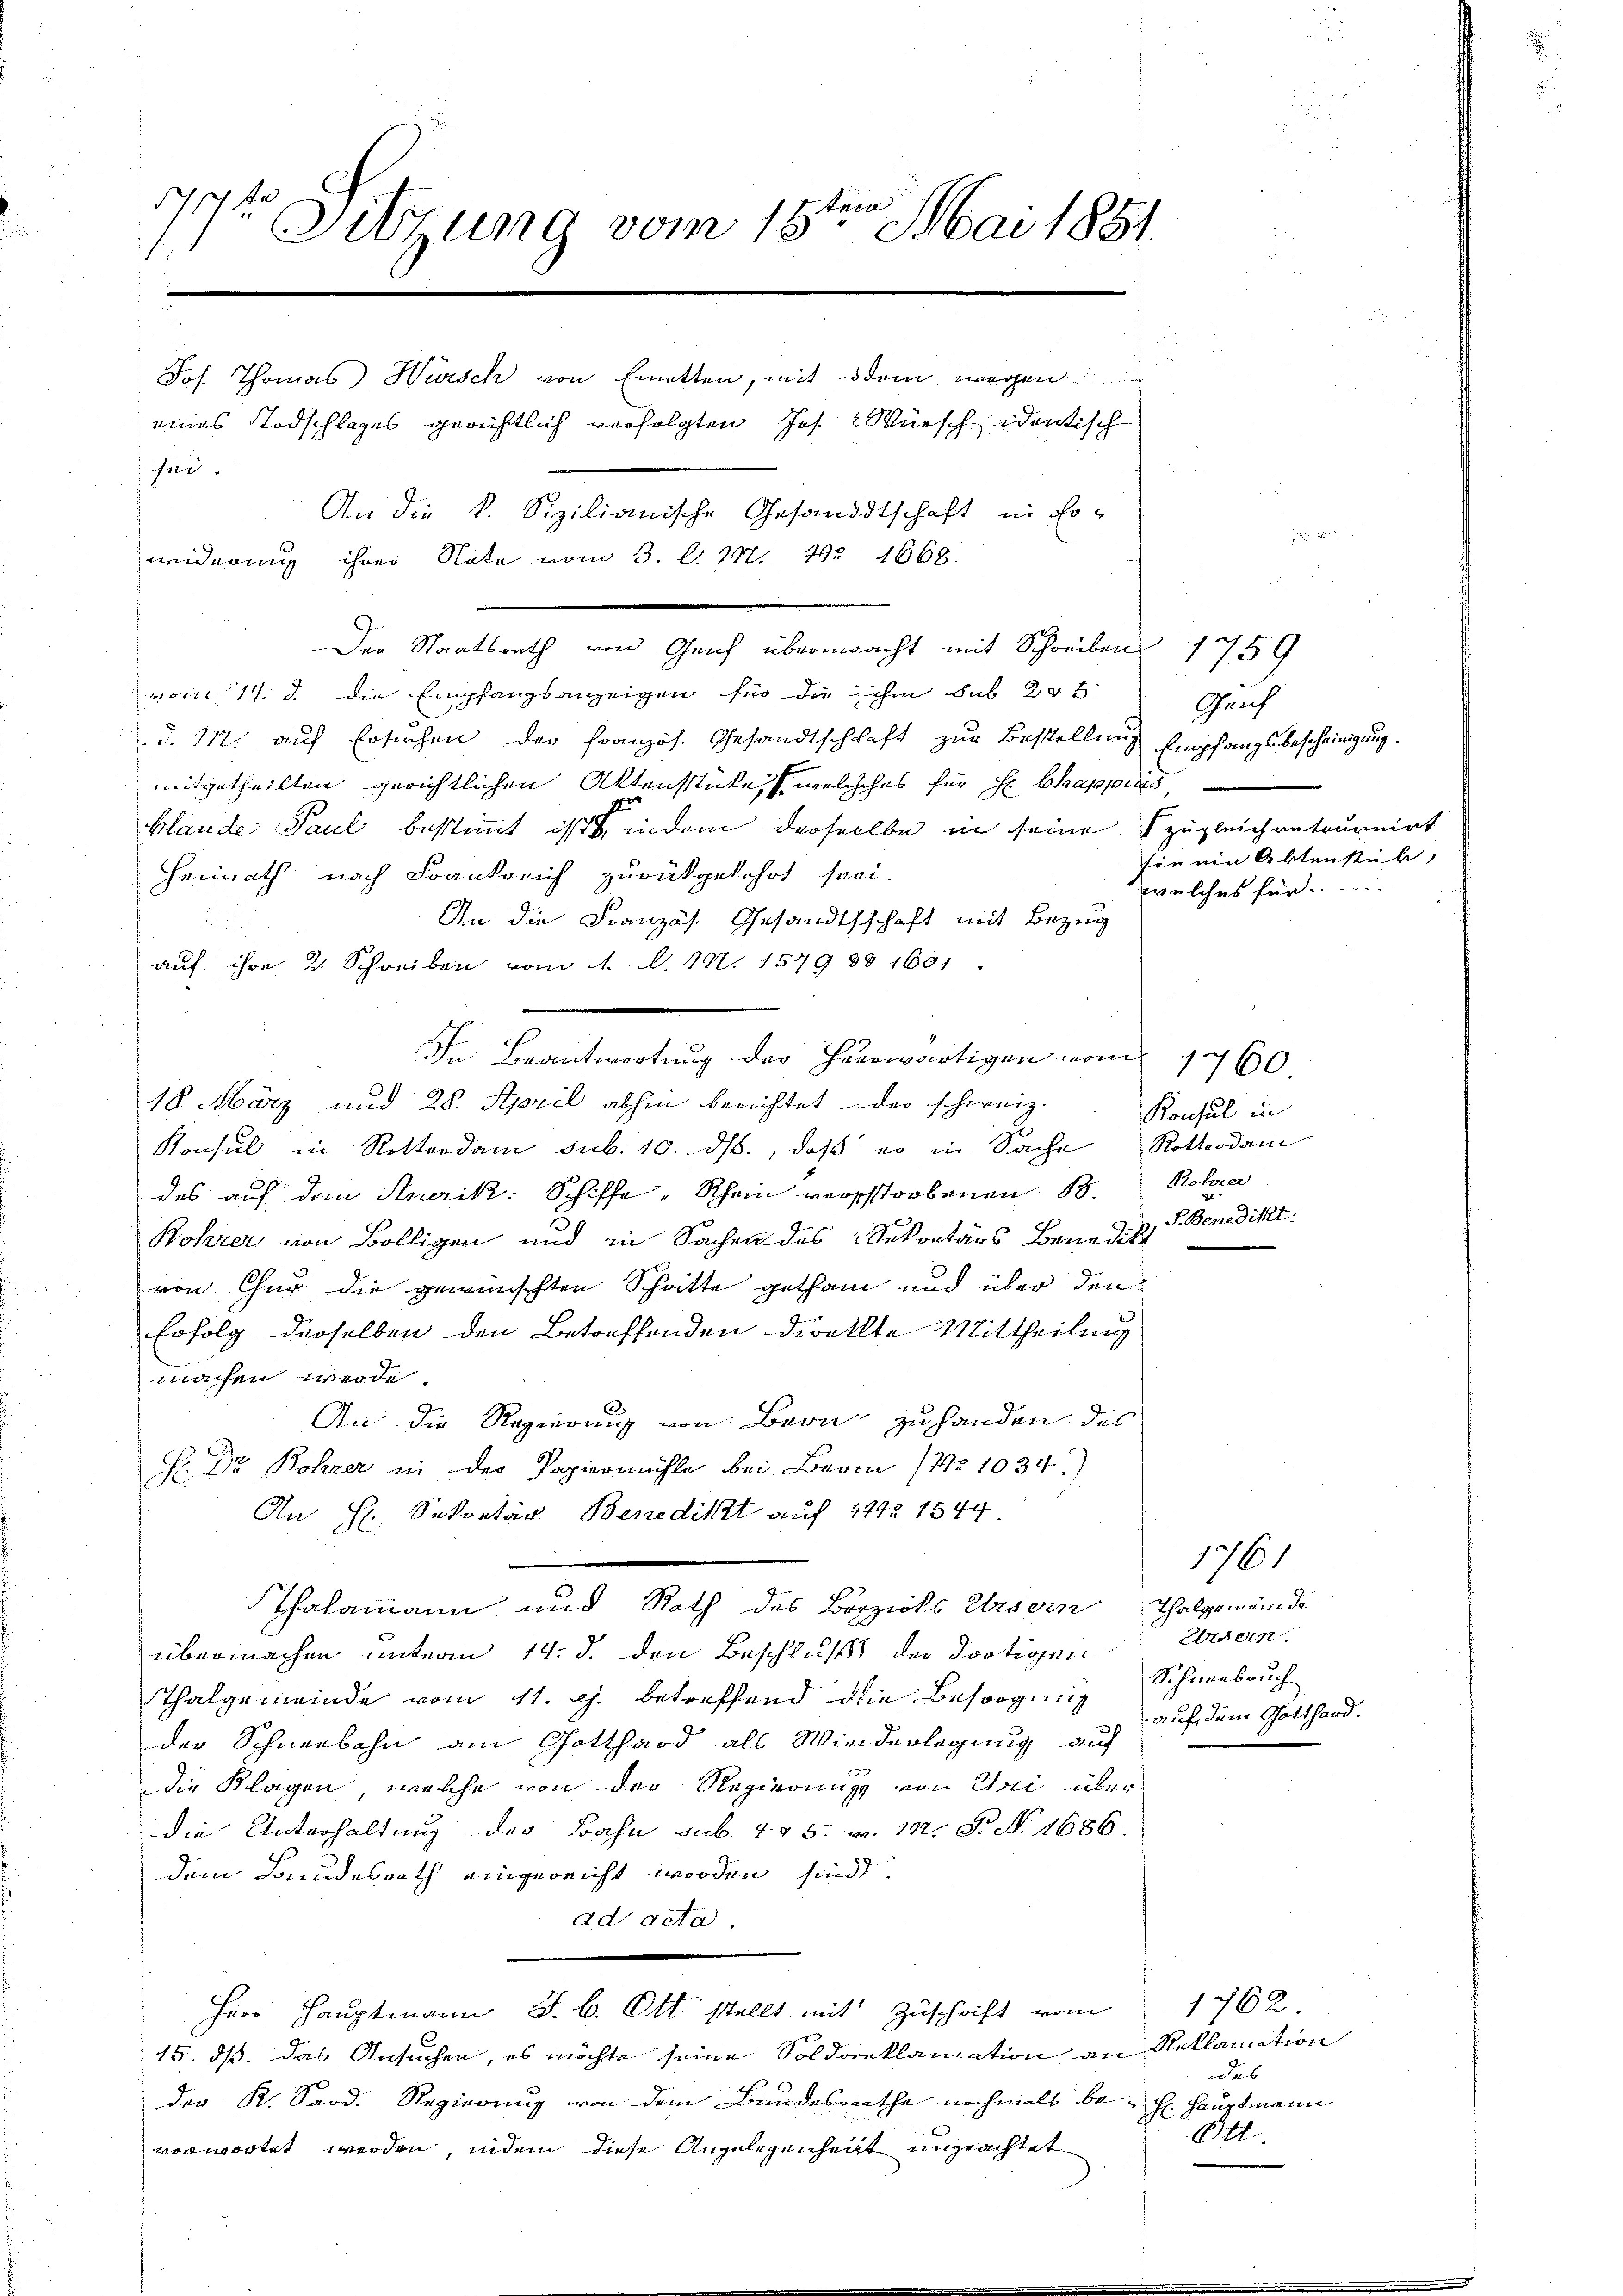
1711 f
.
11 Sitzung vom 18ten Mai 1851.
Jos. Thomas Hirsch von Emetten, mit dem wegen
eines Todschlages gerichtlich verfolgten Jos. Wünsch identisch
fid
An die k. Sizilianische Gesandtschaft in Er-
weiderung ihrer Note vom 3. d. M. 1. 1668.

vom 17. d. die Empfangsanzeigen für die ihm sub 235.
§. 112. auf Ersuchen der Französ. Gesandtschlaft zur Bestellung
mitgetheilten gerichtlichen Aktenstückes welches für Hr. Chappiis,
blande Paul bestimmt ist, indem derselbe in seine zugleichretournirt
Heimath nach Frankreich zurückgekehrt sei.
An die Französ. Gesandtschaft mit Bezug
auf ihre 2. Schreiben vom 11. d. 147. 1579 30 1601
In Beantwortung der Herrwärtigen vom 1760
18. März und 28. April abhin berichtet der schweiz.
Konsul in Rotterdam sub. 10. ds., daß er in Sache Rotterdam
des auf den Anerik: Schiffe Rhein verschstorbenen 13. Rola
Rohrer von Bölligen und in Sachen des Sekretärs Benedikt
von Chur die gewünschten Schritte gethan und über den
Erfolg derselben den Betreffenden direkte Mittheilung
machen werde.
An die Regierung von Bern zu handen des
H. Dr Rohzer in des Papiermühle bei Bern (No 1034.)
An H. Sekretär Benedikt auf 1742 1544
thalamann und Noth des Berziels Ursern Thalgemeinde
übermachen unterm 14. d. den Beschluss der Jostigen
Thalgemeinde vom 11. c. betreffend die Besorgung
der Schneebahn ain Gotthard als Wiederlegung auf
die Klagen, welche von der Regierung von Uri über
die Unterhaltung der Bahn sub. 175. v. 122. P. N. 1686.
dem Bundesrath eingereicht worden sind.
ad acta.
Herr Hauptmann J. B. Ott stellt mit Zuschrift vom 1762.
15. dß das Ansuchen, es möchte seine Soldanklamation an Reklamation
der K. Sard. Regierung von dem Bundesrathe nochmals bevorwortet werden, indem diese Angelegenheit ungeachtet

Der Staatsrath von Genf übermacht mit Schreibens 1759

Gauf
Empfangsbescheinigung.
sin ein Aktenstück,
welches für

Konsul in
S. Benedikt

1761
Edern
Schneebruch
auf dem Gotthard.

das
H. Hauptmann
Ott.